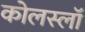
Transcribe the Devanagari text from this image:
कोलस्लॉ